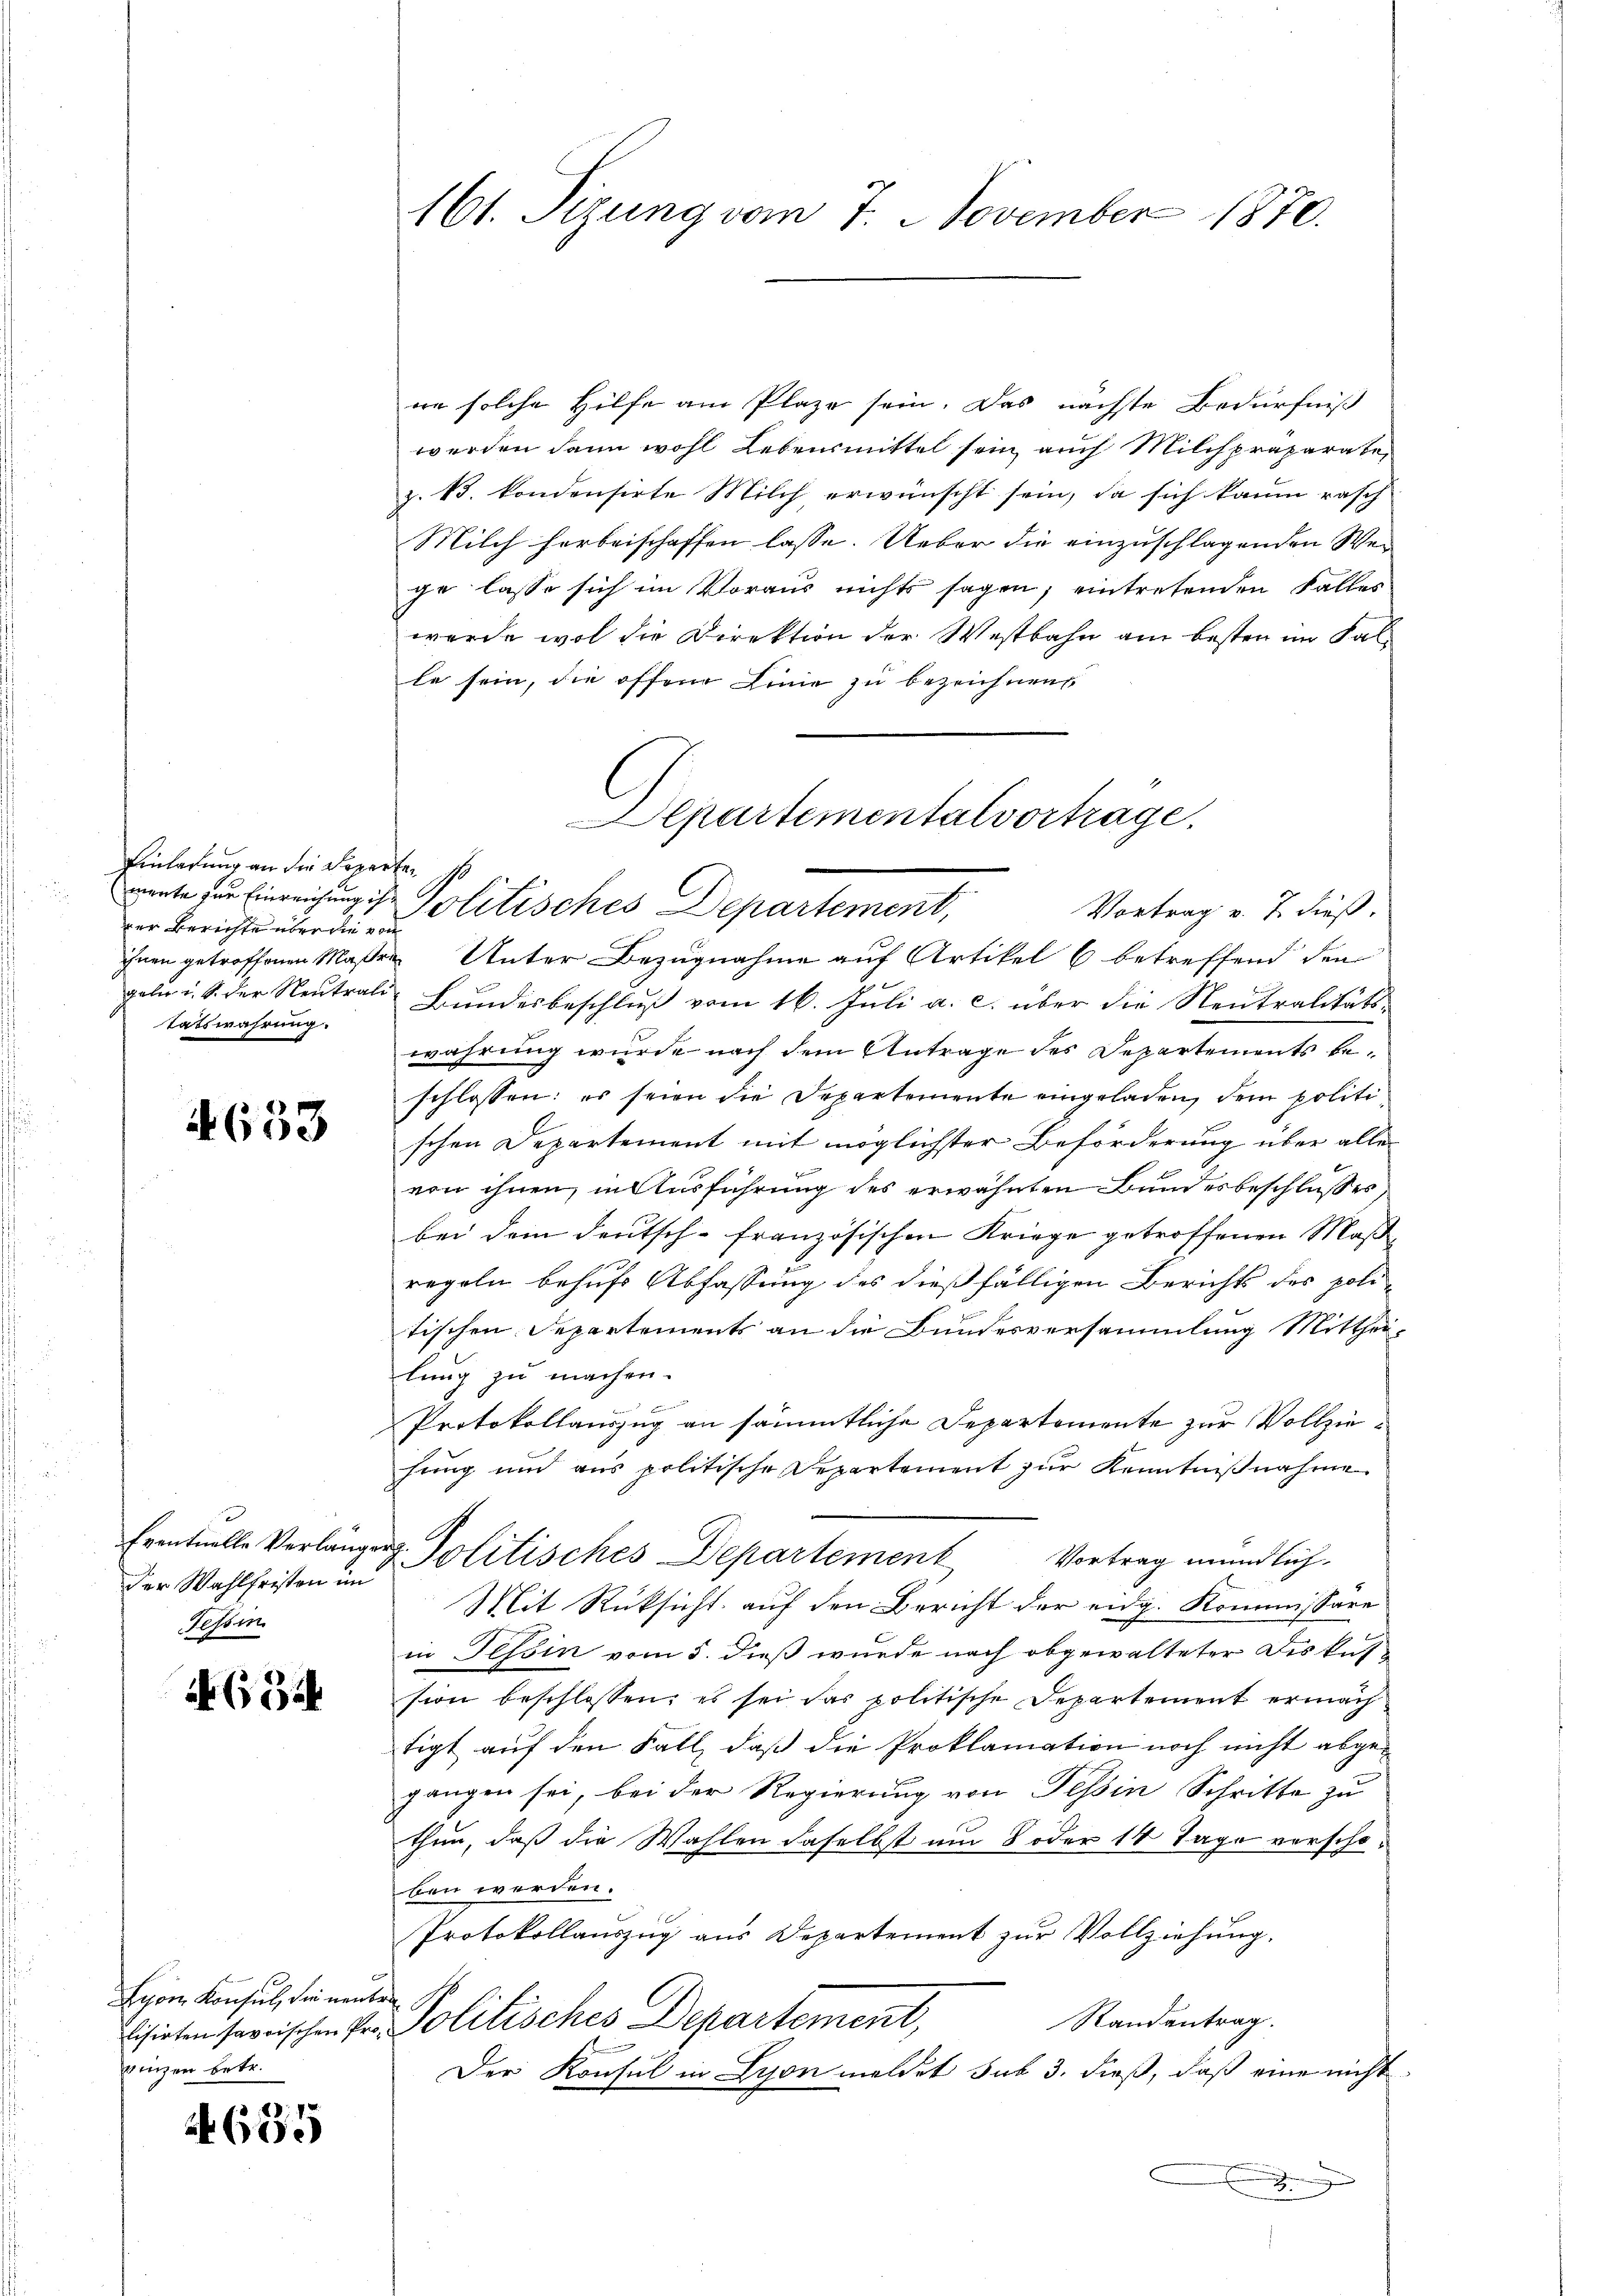
Einladung an die Separten s
der Berichte über die von
tatswahrung.

4653

der Wahlfristen im
Tessin

63

Egon Konsul, die neuten
vinzen betr.

655

en solche Hilfe am Plaze sein. Das nächste Bedürfniß
werden dann wohl Lebensmittel sein, auch Milch präparate
z. B. kondensirte Milch, erwünscht sein, da sich kaum rasch
Milch herbeischaffen lasse. Ueber die einzuschlagenden Wei
ge lasse sich im Voraus nichts sagen, eintretenden Falles
werde wol die Direktion der Westbahn am besten im Fal-
le sein, die offene Linie zu bezeichnen
epartementalvortrage.

161. Sizung vom 7. November 1870.

wente für Einreichung in Politisches Departement,
Vortrag v. 7. dieß.

Eventuelle Verlänger z. Politisches Departement

ihnen getroffenen Maßen Unter Bezugnahme auf Artikel 6 betreffend den
geln u. S. der Neŭtrali Bŭndesbeschlŭβ vom 16. Jŭli a. c. über die Neutralitäts-
wahrung wurde nach dem Antrage des Departements beschlossen: es seien die Departemente eingeladen, dem politischen Departement mit möglichster Beförderung über alle
von ihnen, in Ausführung des erwähnten Bundesbeschlusses,
bei dem deutsch-französischen Kriege getroffenen Maß
regeln behufs Abfassung des dießfälligen Berichts des poli-
tischen Separtements an die Bundesversammlung Mittheilung zu machen.
Protokollauszug an sämmtliche Departemente zur Vollziehung und aus politische Repartement zur Kenntnißnahme
Vortrag mündlich
Mit Rüksicht auf den Bericht der eidg. Kommissäre
in Tessin vom 5. dieß wurde nach obgewalteter Diskussion beschlossen, es sei das politische Departement ermäch
tigt auf den Fall, daß die Proklamation noch nicht abgegangen sei, bei der Regierung von Tessin Schritte zu
thun, daß die Wahlen daselbst um 8 oder 14 Tage vorschoben werden.
Protokollauszug aus Departement zur Vollziehung,
Randantrag.
Eisirten serischen Hr. Politisches Departement,
Der Konsul in Lyon meldet sub 3. dieß, daß eine nicht
.